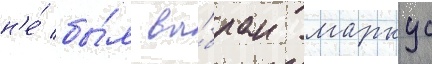
н'е́ бы́л вы́бран маркус